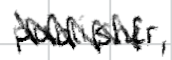
Text: publisher,
Cross-out: zig-zag
Writing tool: digital_black